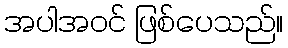
အပါအဝင် ဖြစ်ပေသည်။